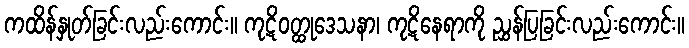
ကထိန်နှုတ်ခြင်းလည်းကောင်း။ ကုဋိဝတ္ထုဒေသနာ၊ ကုဋိနေရာကို ညွှန်ပြခြင်းလည်းကောင်း။